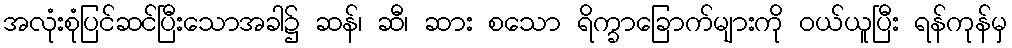
အလုံးစုံပြင်ဆင်ပြီးသောအခါ၌ ဆန်၊ ဆီ၊ ဆား စသော ရိက္ခာခြောက်များကို ဝယ်ယူပြီး ရန်ကုန်မှ